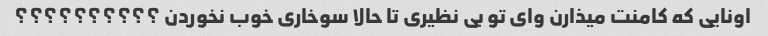
اونایی که کامنت میذارن وای تو بی نظیری تا حالا سوخاری خوب نخوردن ؟؟؟؟؟؟؟؟؟؟